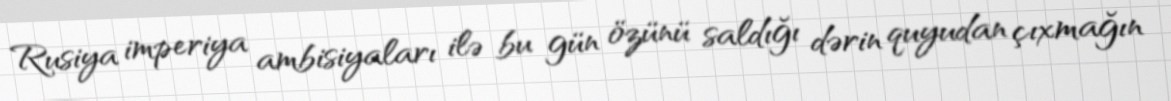
Rusiya imperiya ambisiyaları ilə bu gün özünü saldığı dərin quyudan çıxmağın